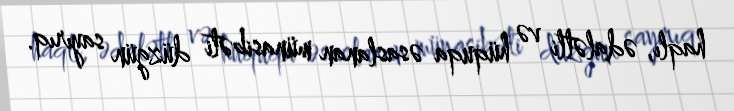
haqlı, ədalətli və hüquqa əsaslanan münasibəti düzgün sayırıq.